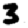
Digit: 3